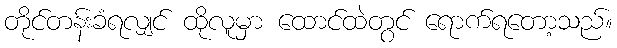
တိုင်တန်းခံရလျှင် ထိုလူမှာ ထောင်ထဲတွင် ရောက်ရတော့သည်။